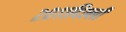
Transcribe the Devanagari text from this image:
२०११दिल्ली